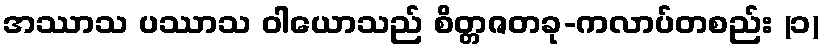
အဿာသ ပဿာသ ဝါယောသည် စိတ္တဇတခု-ကလာပ်တစည်း (၁)